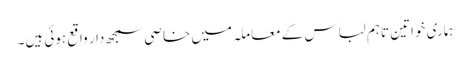
ہماری خواتین تاہم لباس کے معاملہ میں خاصی سمجھ دار واقع ہوئی ہیں۔